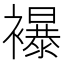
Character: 襮